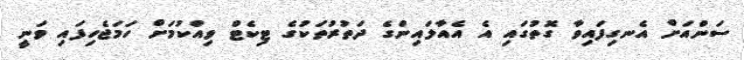
ސަންއަށް އެނގިފައިވާ ގޮތުގައި އެ އެއާލައިންގެ ދަތުރުތަކުގެ ޓިކެޓް ވިއްކުމަށް ހަމަޖެހިފައި ވަނީ